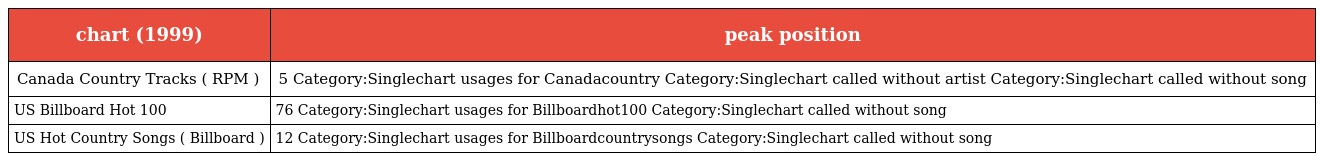
| chart (1999) | peak position |
 | --- | --- |
 | Canada Country Tracks ( RPM ) | 5 Category:Singlechart usages for Canadacountry Category:Singlechart called without artist Category:Singlechart called without song |
 | US Billboard Hot 100 | 76 Category:Singlechart usages for Billboardhot100 Category:Singlechart called without song |
 | US Hot Country Songs ( Billboard ) | 12 Category:Singlechart usages for Billboardcountrysongs Category:Singlechart called without song |